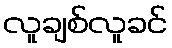
လူချစ်လူခင်